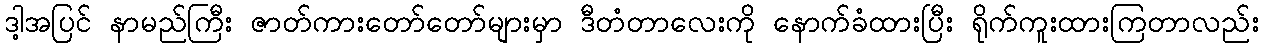
ဒါ့အပြင် နာမည်ကြီး ဇာတ်ကားတော်တော်များမှာ ဒီတံတာလေးကို နောက်ခံထားပြီး ရိုက်ကူးထားကြတာလည်း